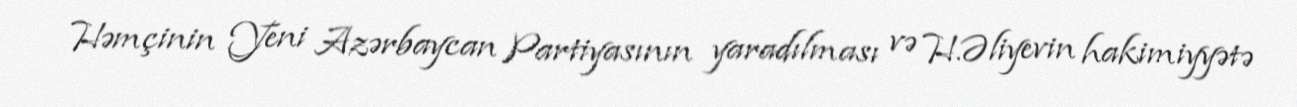
Həmçinin Yeni Azərbaycan Partiyasının yaradılması və H.Əliyevin hakimiyyətə